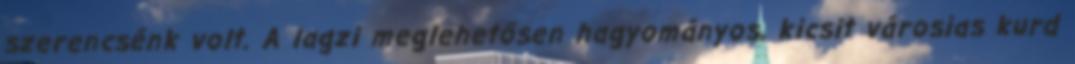
szerencsénk volt. A lagzi meglehetősen hagyományos, kicsit városias kurd